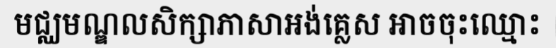
មជ្ឈមណ្ឌលសិក្សាភាសាអង់គ្លេស អាចចុះឈ្មោះ